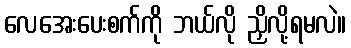
လေအေးပေးစက်ကို ဘယ်လို ညှိလို့ရမလဲ။